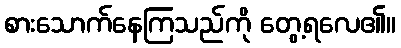
စားသောက်နေကြသည်ကို တွေ့ရလေ၏။